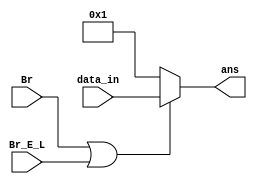
module Mux_PC(
    input wire Br,
    input wire Br_E_L,
    input wire[31:0] data_in,
    output reg [31:0] ans 
);
    always@(*)
        begin
    //        if(Br || (Br_E_L&&Zero))
            if(Br || Br_E_L)
                ans <= data_in;
            else
                ans=32'b00000000000000000000000000000001;
        end
endmodule